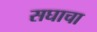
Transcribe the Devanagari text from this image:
सघाचा